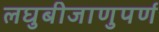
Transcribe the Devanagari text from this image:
लघुबीजाणुपर्ण